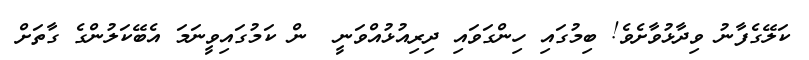
ކަލޭގެފާނު ވިދާޅުވާށެވެ! ބިމުގައި ހިންގަވައި ދިރިއުޅުއްވަނީ  ން ކަމުގައިވީނަމަ އެބޭކަލުންގެ ގާތަށް